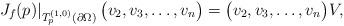
LaTeX: \begin{align*} \left.J_f(p)\right|_{T_{p}^{(1,0)}(\partial \Omega)}\big(v_2, v_3, \ldots, v_n\big) =\big(v_2, v_3, \ldots, v_n\big)V, \end{align*}